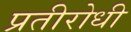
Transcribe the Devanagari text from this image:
प्रतीरोधी